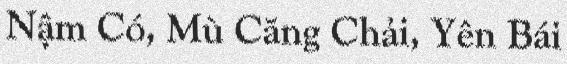
Nậm Có, Mù Căng Chải, Yên Bái